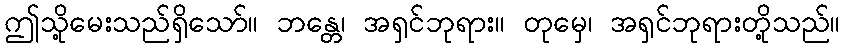
ဤသို့မေးသည်ရှိသော်။ ဘန္တေ၊ အရှင်ဘုရား။ တုမှေ၊ အရှင်ဘုရားတို့သည်။